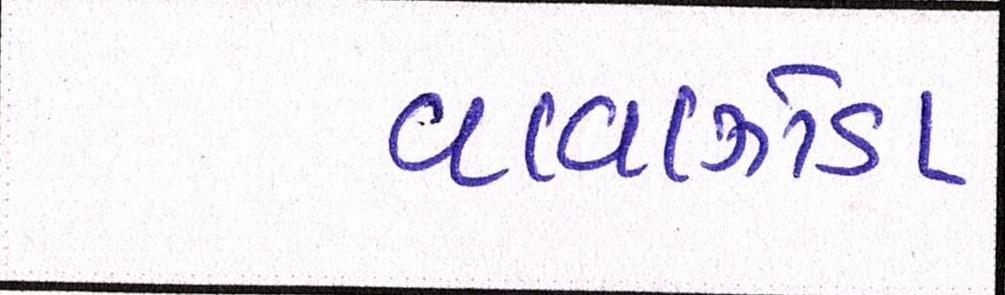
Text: વાવાઝોડા